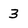
Character: 3